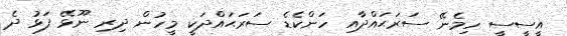
އީސީސީ ހިމެނޭ ސަރަޙައްދާއި ހަންކެޑެ ސަރަޙައްދަކީ މީހުން ދިރި ނޫޅޭ ފަޅު ދެ